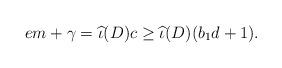
LaTeX: \begin{align*} em + \gamma = \widehat{\iota}(D)c \geq \widehat{\iota}(D)(b_1 d+1). \end{align*}